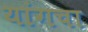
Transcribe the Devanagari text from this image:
यांगचा